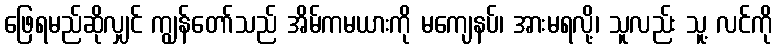
ဖြေရမည်ဆိုလျှင် ကျွန်တော်သည် အိမ်ကမယားကို မကျေနပ်၊ အားမရလို့၊ သူလည်း သူ့ လင်ကို